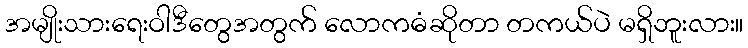
အမျိုးသားရေးဝါဒီတွေအတွက် လောကဓံဆိုတာ တကယ်ပဲ မရှိဘူးလား။